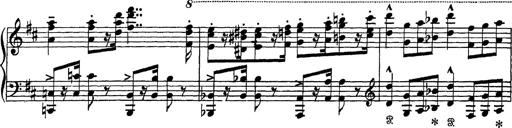
Title: Scherzo und Marsch
Composer: Franz Liszt